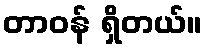
တာဝန် ရှိတယ်။